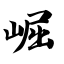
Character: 崛